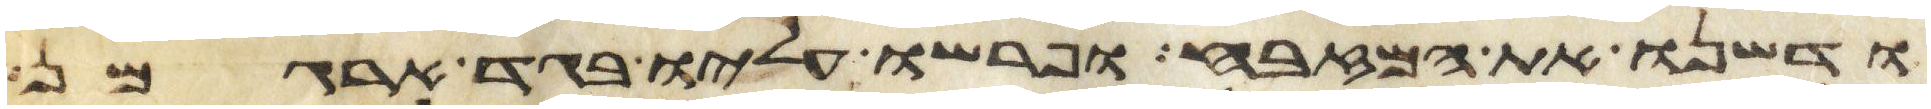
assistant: ודשנו את המזבח ופרשו עליו בגד ארגמן